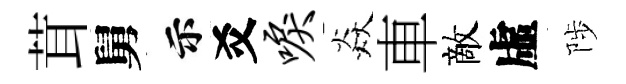
茸舅示爻唳焱車敵虛陟